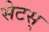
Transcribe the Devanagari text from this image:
सेटस्